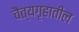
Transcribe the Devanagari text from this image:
चैत्यगृहातील